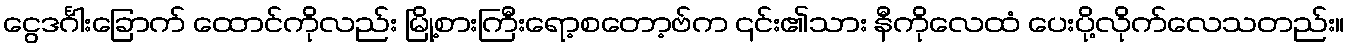
ငွေဒင်္ဂါးခြောက် ထောင်ကိုလည်း မြို့စားကြီးရော့စတော့ဗ်က ၎င်း၏သား နီကိုလေထံ ပေးပို့လိုက်လေသတည်း။